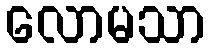
လောမသာ